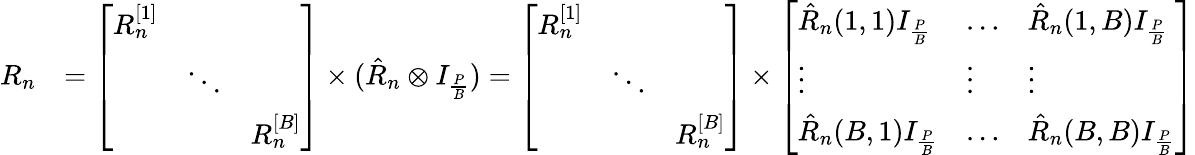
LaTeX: \begin{array}{rl}{R_{n}}&{=\left[\begin{array}{lll}{R_{n}^{[1]}}&&\\ &{\ddots}&\\ &&{R_{n}^{[B]}}\end{array}\right]\times(\hat{R}_{n}\otimes I_{\frac{P}{B}})=\left[\begin{array}{lll}{R_{n}^{[1]}}&&\\ &{\ddots}&\\ &&{R_{n}^{[B]}}\end{array}\right]\times\left[\begin{array}{lll}{\hat{R}_{n}(1,1)I_{\frac{P}{B}}}&{\dotsc}&{\hat{R}_{n}(1,B)I_{\frac{P}{B}}}\\ {\vdots}&{\vdots}&{\vdots}\\ {\hat{R}_{n}(B,1)I_{\frac{P}{B}}}&{\dotsc}&{\hat{R}_{n}(B,B)I_{\frac{P}{B}}}\end{array}\right]}\end{array}